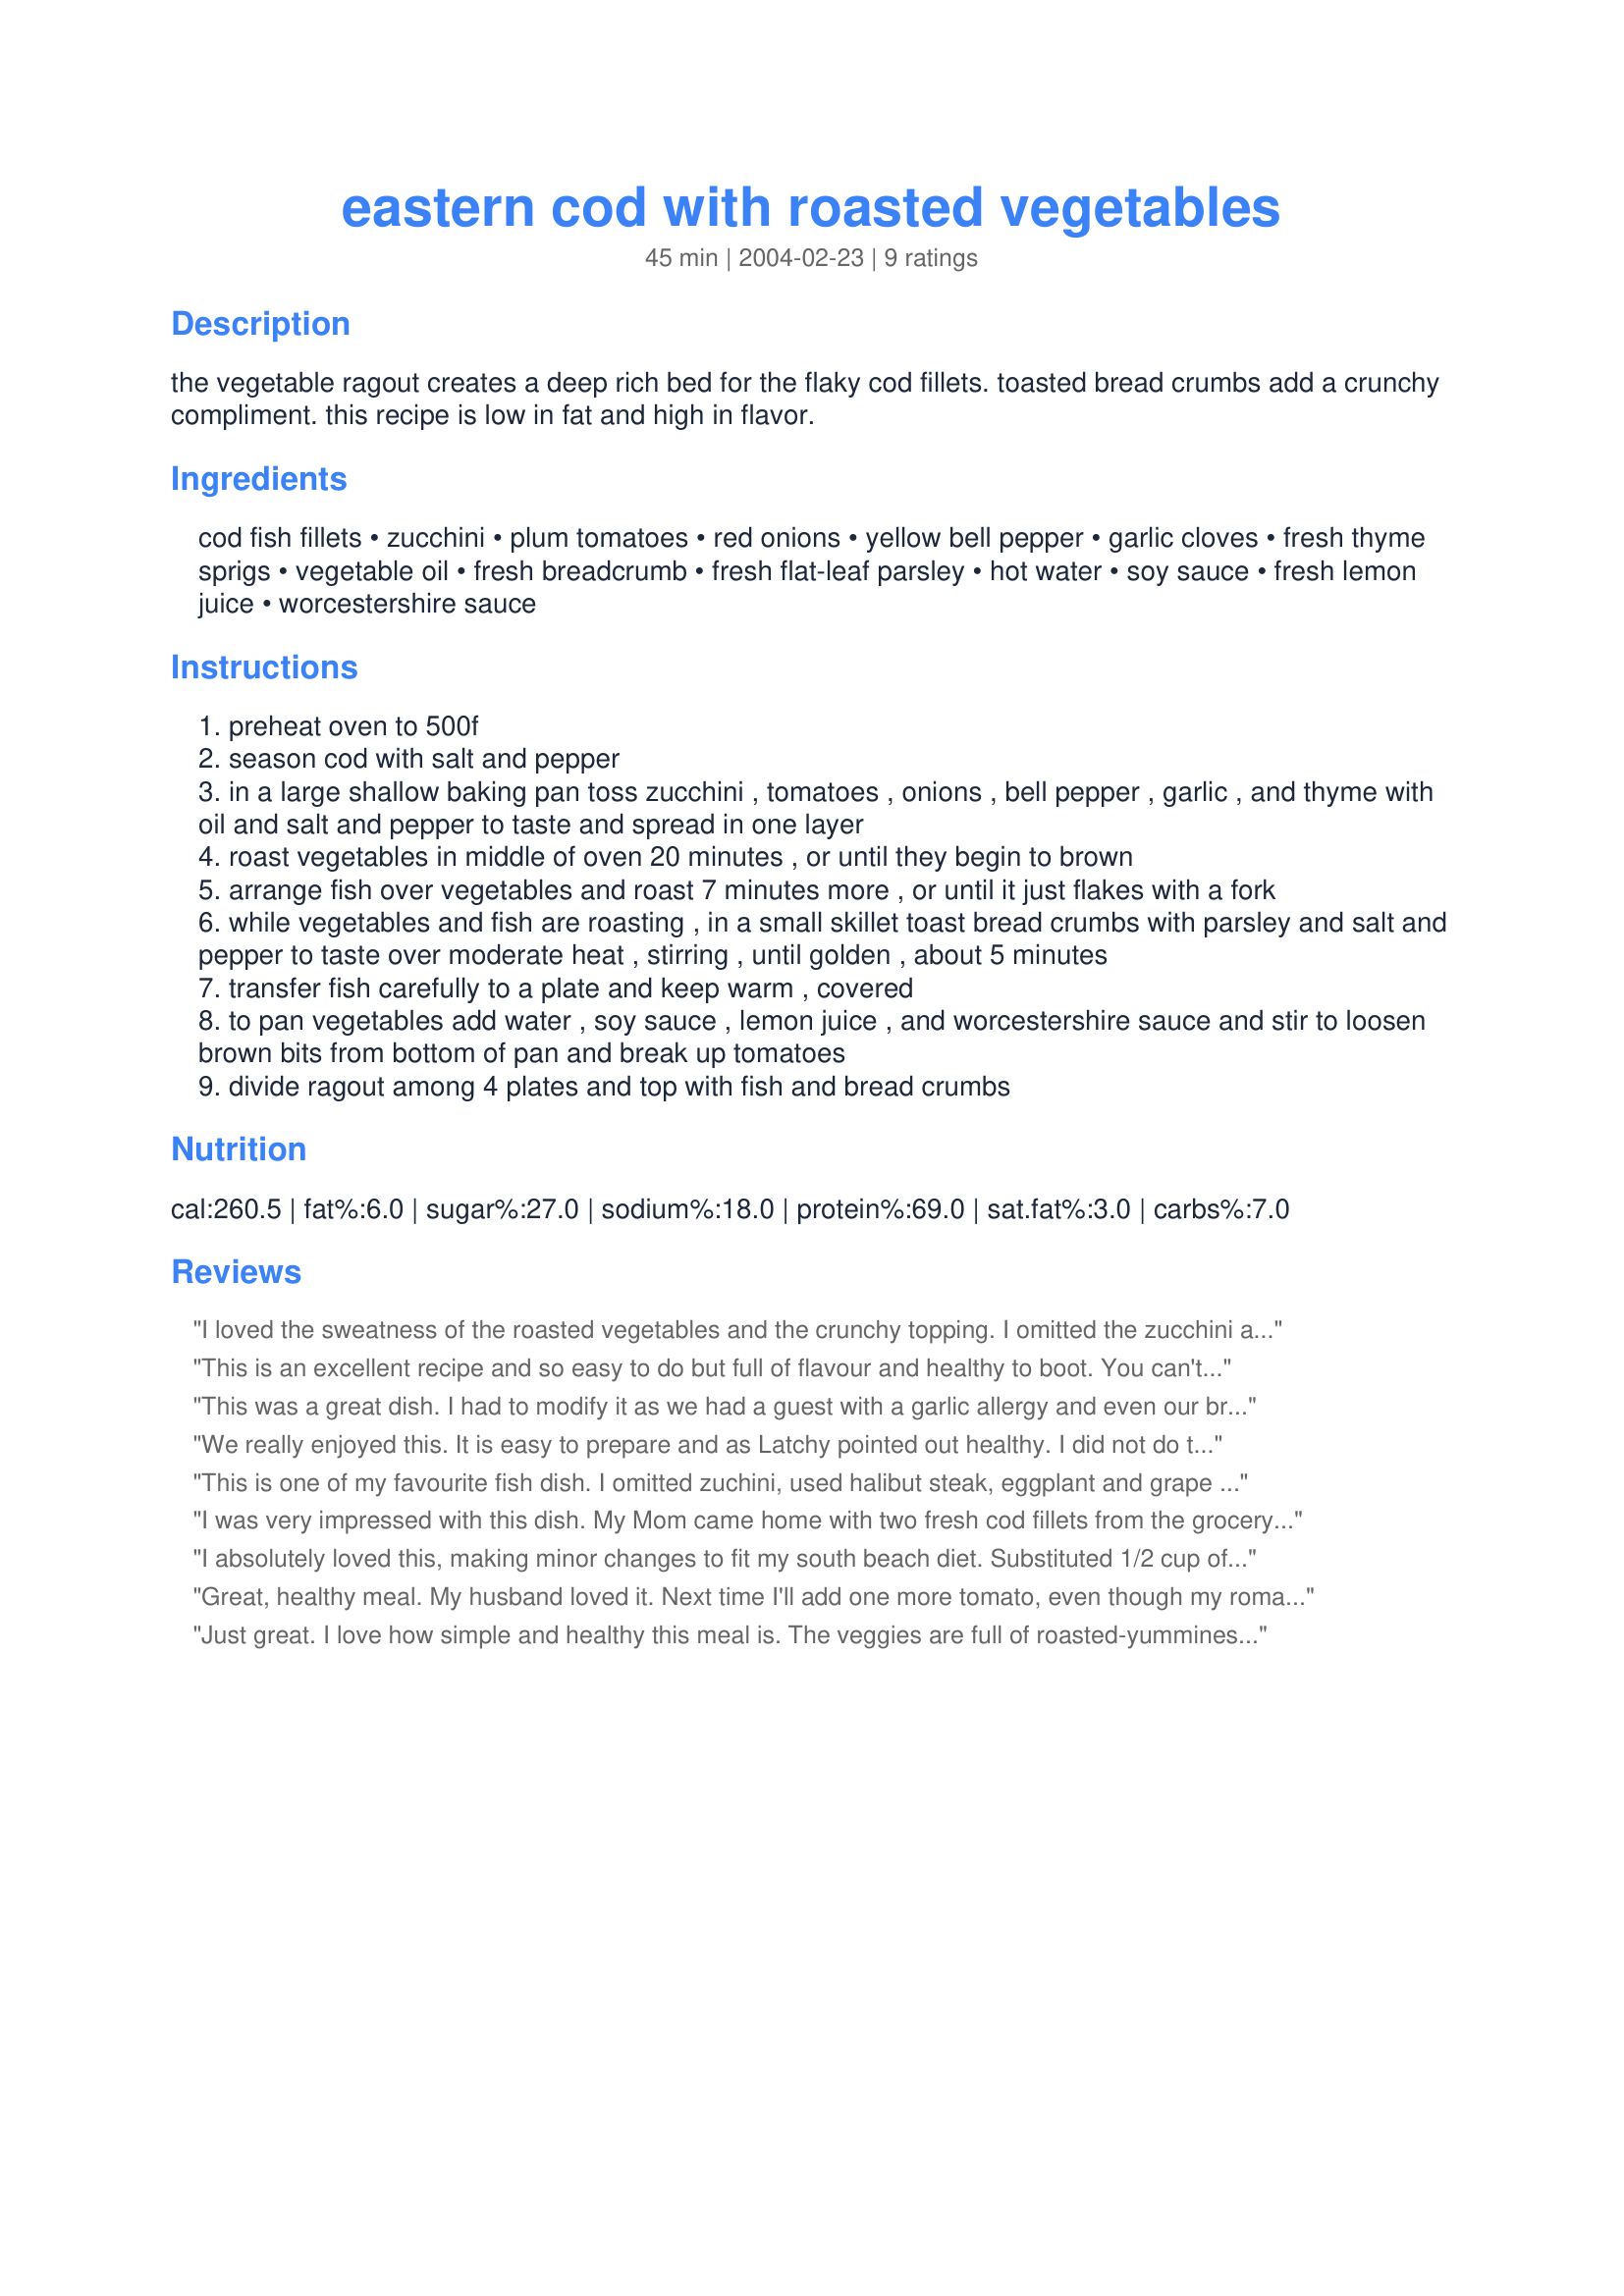
eastern cod with roasted vegetables
Preparation time: 45 minutes

the vegetable ragout creates a deep rich bed for the flaky cod fillets. toasted bread crumbs add a crunchy compliment. this recipe is low in fat and high in flavor.

Ingredients:
cod fish fillets, zucchini, plum tomatoes, red onions, yellow bell pepper, garlic cloves, fresh thyme sprigs, vegetable oil, fresh breadcrumb, fresh flat-leaf parsley, hot water, soy sauce, fresh lemon juice, worcestershire sauce

Steps:
preheat oven to 500f
season cod with salt and pepper
in a large shallow baking pan toss zucchini , tomatoes , onions , bell pepper , garlic , and thyme with oil and salt and pepper to taste and spread in one layer
roast vegetables in middle of oven 20 minutes , or until they begin to brown
arrange fish over vegetables and roast 7 minutes more , or until it just flakes with a fork
while vegetables and fish are roasting , in a small skillet toast bread crumbs with parsley and salt and pepper to taste over moderate heat , stirring , until golden , about 5 minutes
transfer fish carefully to a plate and keep warm , covered
to pan vegetables add water , soy sauce , lemon juice , and worcestershire sauce and stir to loosen brown bits from bottom of pan and break up tomatoes
divide ragout among 4 plates and top with fish and bread crumbs

Reviews:
I loved the sweatness of the roasted vegetables and the crunchy topping. I omitted the zucchini and added a red bell pepper. I added two more cloves of garlic. It was a little salty with the salt on the vegetables, fish and then the soy sauce, so next time I would not be so heavy handed. Would make this for guests in a heatbeat!
This is an excellent recipe and so easy to do but full of flavour and healthy to boot. You can't ask for much more. I followed the recipe exactly except for the fish and I had Atlantic Salmon so used that. The sauce at the end I think just makes it so much better than the average recipe, nice touch. I also liked having that crunch of the toasted breadcrumbs on the fish too. As I steam fish quite often I will be making this recipe quite often too.
This was a great dish. I had to modify it as we had a guest with a garlic allergy and even our bread crumbs had garlic salt. I used ritz crackers instead and it received many compliments. I even finished it after our guest left (don't like left over fish the next day) I liked it that much. Great to use all my fresh veggies, too. Thanks!
We really enjoyed this. It is easy to prepare and as Latchy pointed out healthy. I did not do the breadcrumbs. I sprinkled the fish with some freshly grated parmesan cheese and the chopped parsley. Next time, and there there will be a next time, I think I will try using more garlic and leaving it whole. Thanks for sharing such a healthy and delicious recipe.
This is one of my favourite fish dish. I omitted zuchini, used halibut steak, eggplant and grape tomatoes. This is also easy to make. Everybody loved this and they gobbled everything, nothing left. Thank you for posting this great recipe! Will make again next time.
I was very impressed with this dish. My Mom came home with two fresh cod fillets from the grocery store today, and said, "It looked so good -- can you come up with something?" with a pleading look. (I'm the dedicated "fish cooker" in the family.)

I used both green and red pepper in this dish, and added 10 quartered mushrooms as well. I used prepared Herbs de Provance for the seasoning on the vegetables, and lemon pepper seasoning on the fish. Aside from the "chop time," this was a flash to prepare. I served it with Kalamata olive bread -- perfect for dipping into the wonderful sauce!

Thank you for a light and flavorful dish. I have a feeling that I'll be making it again, with whatever whitefish happens to come through my door!
I absolutely loved this, making minor changes to fit my south beach diet. Substituted 1/2 cup of chopped pistachios for the bread crumbs and also used grape tomatoes instead of the plum. I also used yellow squash. Thank you!
Great, healthy meal. My husband loved it. Next time I'll add one more tomato, even though my romas were really big, one more yellow or orange pepper and one less red onion. Served with basmati rice. Thanks for the keeper!
Just great. I love how simple and healthy this meal is. The veggies are full of roasted-yumminess which contrasted well with the simple fish. Easy to make as well, can't ask for more than that. Kept the garlic whole. Will make again for sure. Thanks for posting!
